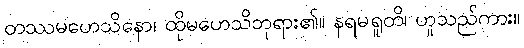
တဿမဟေသိနော၊ ထိုမဟေသိဘုရား၏။ နရမရူတိ၊ ဟူသည်ကား။